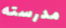
مدرسته